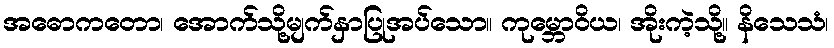
အဓောကတော၊ အောက်သို့မျက်နှာပြုအပ်သော။ ကုမ္ဘောဝိယ၊ အိုးကဲ့သို့။ နိသေသံ၊